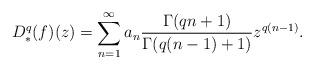
LaTeX: \begin{align*} D^q_*(f)(z)=\sum_{n=1}^{\infty}a_n\frac{\Gamma(qn+1)}{\Gamma(q(n-1)+1)} z^{q(n-1)}.\end{align*}